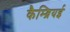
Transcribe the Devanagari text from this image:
कैम्ब्रियई